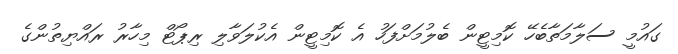
ގައުމީ ސަލާމަތާބެހޭ ކޮމިޓީން ބެލުމަށްފަހު އެ ކޮމިޓީން އެކުލަވާލި ރިޕޯޓް މިހާރު ރައްޔިތުންގެ